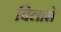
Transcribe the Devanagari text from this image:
विलासे